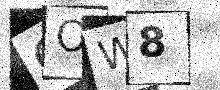
Text: COW8